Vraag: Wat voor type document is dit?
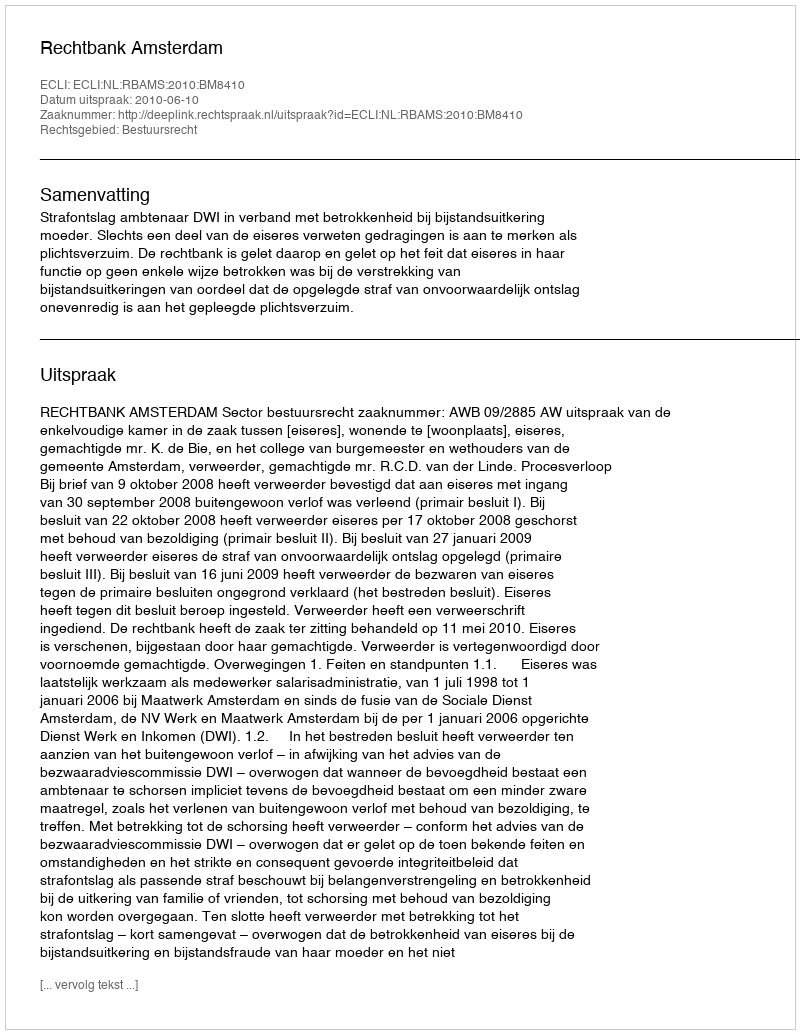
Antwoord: Uitspraak